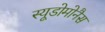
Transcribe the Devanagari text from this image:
स्यूडोमोनैस